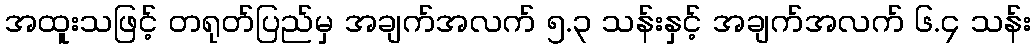
အထူးသဖြင့် တရုတ်ပြည်မှ အချက်အလက် ၅.၃ သန်းနှင့် အချက်အလက် ၆.၄ သန်း